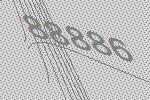
88886